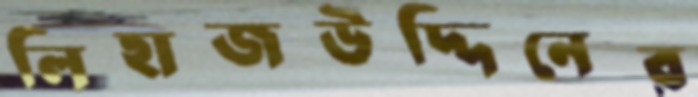
লিহাজউদ্দিনের